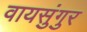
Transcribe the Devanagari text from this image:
वायसुंगुर